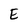
Character: E